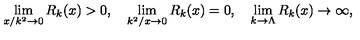
\lim _ { x / k ^ { 2 } \to 0 } R _ { k } ( x ) > 0 , \quad \lim _ { k ^ { 2 } / x \to 0 } R _ { k } ( x ) = 0 , \quad \lim _ { k \to \Lambda } R _ { k } ( x ) \to \infty ,